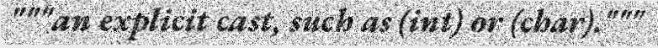
"""an explicit cast, such as (int) or (char)."""